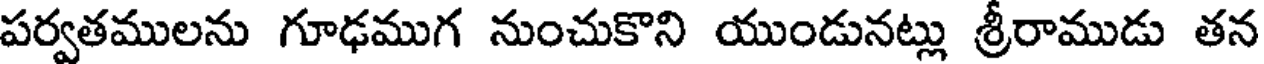
పర్వతములను గూఢముగ నుంచుకొని యుండునట్లు శ్రీరాముడు తన